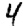
Digit: 4